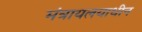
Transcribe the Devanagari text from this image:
मंत्रायलयाधीन